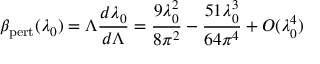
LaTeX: \beta _ { \mathrm { p e r t } } ( \lambda _ { 0 } ) = \Lambda { \frac { d \lambda _ { 0 } } { d \Lambda } } = { \frac { 9 \lambda _ { 0 } ^ { 2 } } { 8 \pi ^ { 2 } } } - { \frac { 5 1 \lambda _ { 0 } ^ { 3 } } { 6 4 \pi ^ { 4 } } } + O ( \lambda _ { 0 } ^ { 4 } )